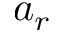
a _ { r }